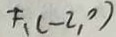
F _ { 1 } ( - 2 , 0 )